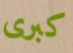
كبرى